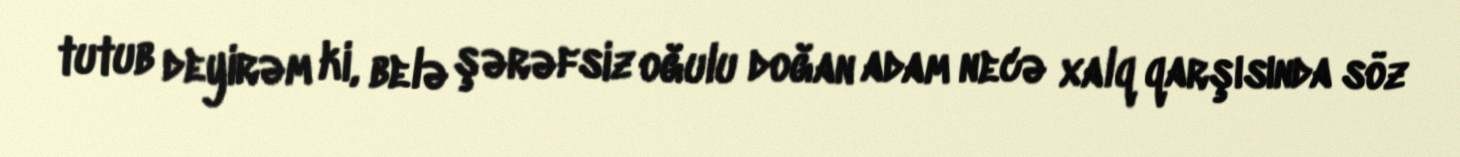
tutub deyirəm ki, belə şərəfsiz oğulu doğan adam necə xalq qarşısında söz